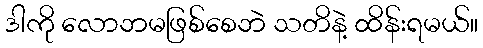
ဒါကို လောဘမဖြစ်စေဘဲ သတိနဲ့ ထိန်းရမယ်။